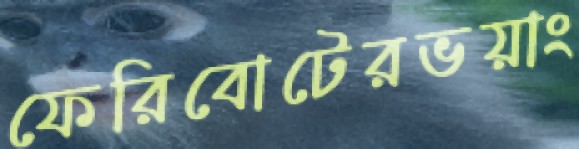
ফেরিবোটেরভয়াং